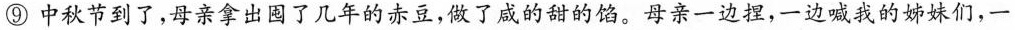
⑨中秋节到了，母亲拿出园了几年的赤豆，做了咸的甜的馅。母亲一边捏，一边喊我的姊妹们，一